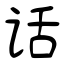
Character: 话